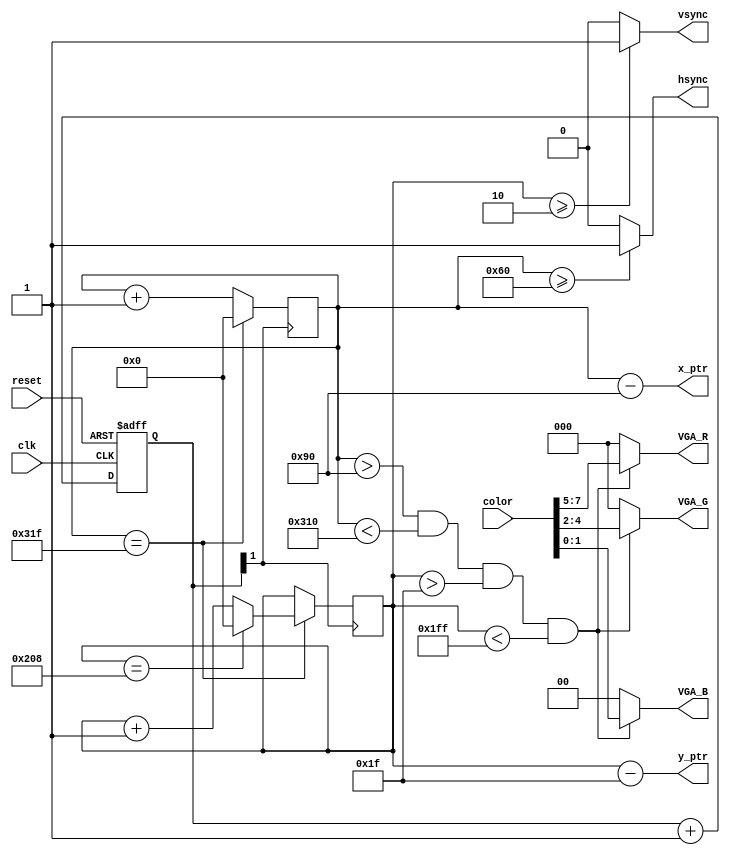
module Vga_dev(clk, reset, hsync, vsync, color, VGA_R, VGA_G, VGA_B, x_ptr, y_ptr);
// VGA 640*480 60Hz

    input clk;
    input reset;
    input [7: 0] color;
    output vsync, hsync;
    output [2: 0] VGA_R, VGA_G;
    output [1: 0] VGA_B;

    output [9: 0] x_ptr, y_ptr;

    reg [9: 0] x_cnt, y_cnt;
    reg [1: 0] cnt = 0;
    wire [7: 0] color;

    always @(posedge clk or posedge reset) begin
        if (reset) cnt <= 0;
        else cnt <= cnt + 1;
    end

    parameter
        HPIXELS = 10'd800,
        VLINES = 10'd521,
        HBP = 10'd144,
        HFP = 10'd784,
        VBP = 10'd31,
        VFP = 10'd511;

    initial begin
        x_cnt = 0;
        y_cnt = 0;
    end

    always @(posedge cnt[1]) begin
        if (x_cnt == HPIXELS - 1)
            x_cnt <= 0;
        else
            x_cnt <= x_cnt + 1;
    end

    always @(posedge cnt[1]) begin
        if (x_cnt == HPIXELS - 1) begin
            if (y_cnt == VLINES - 1)
                y_cnt <= 0;
            else y_cnt <= y_cnt + 1;
        end else
            y_cnt <= y_cnt;
    end

    assign valid = (x_cnt > HBP) && (x_cnt < HFP) && (y_cnt > VBP) && (y_cnt < VFP);

    assign hsync = (x_cnt >= 10'd96) ? 1'b1 : 1'b0;
    assign vsync = (y_cnt >= 10'd2) ? 1'b1 : 1'b0;

    assign x_ptr = x_cnt - HBP;
    assign y_ptr = y_cnt - VBP;

    assign VGA_R = valid ? color[7: 5] : 0;
    assign VGA_G = valid ? color[4: 2] : 0;
    assign VGA_B = valid ? color[1: 0] : 0;

endmodule